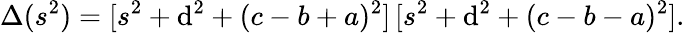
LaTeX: \Delta(s^{2})=[s^{2}+\mathrm{d}^{2}+(c-b+a)^{2}]\, [s^{2}+\mathrm{d}^{2}+(c-b-a)^{2}].